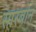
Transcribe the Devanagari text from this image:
सारबोन